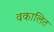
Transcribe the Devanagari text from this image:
वकालित